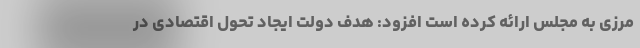
مرزی به مجلس ارائه کرده است افزود: هدف دولت ایجاد تحول اقتصادی در